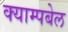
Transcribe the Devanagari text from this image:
क्याम्पबेल